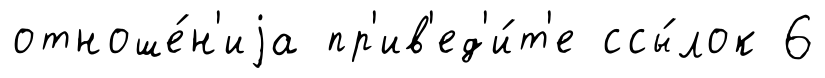
отноше́н'иjа пр'ив'ед'и́т'е ссы́лок 6